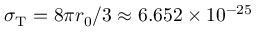
\sigma _ { \mathrm { T } } = 8 \pi r _ { 0 } / 3 \approx 6 . 6 5 2 \times 1 0 ^ { - 2 5 }